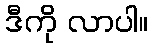
ဒီကို လာပါ။